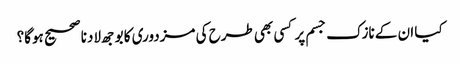
کیا ان کے نازک جسم پر کسی بھی طرح کی مزدوری کا بوجھ لادنا صحیح ہوگا؟